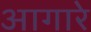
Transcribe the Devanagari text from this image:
आगारे